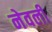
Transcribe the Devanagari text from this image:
नेवली